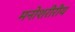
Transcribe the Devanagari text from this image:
मनोशरीरीय